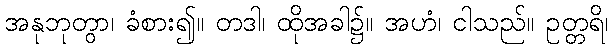
အနုဘုတွာ၊ ခံစား၍။ တဒါ၊ ထိုအခါ၌။ အဟံ၊ ငါသည်။ ဥတ္တရိ၊